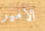
الامير